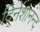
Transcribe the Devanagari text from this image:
दिनेशानन्द